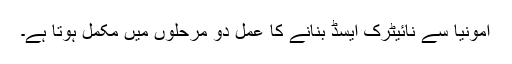
امونیا سے نائیٹرک ایسڈ بنانے کا عمل دو مرحلوں میں مکمل ہوتا ہے۔